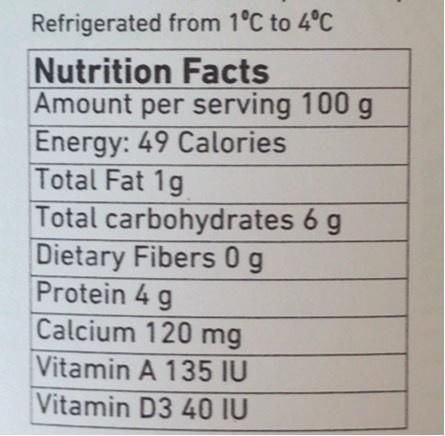
Refrigerated from 1°C to 4°C
Nutrition Facts Amount per serving 100 Energy: 49 Calories Total Fat 1g Total carbohydrates 6 g Dietary Fibers 0 g Protein 4 g Calcium 120 mg
Vitamin A 135 IU
Vitamin D3 40 IU